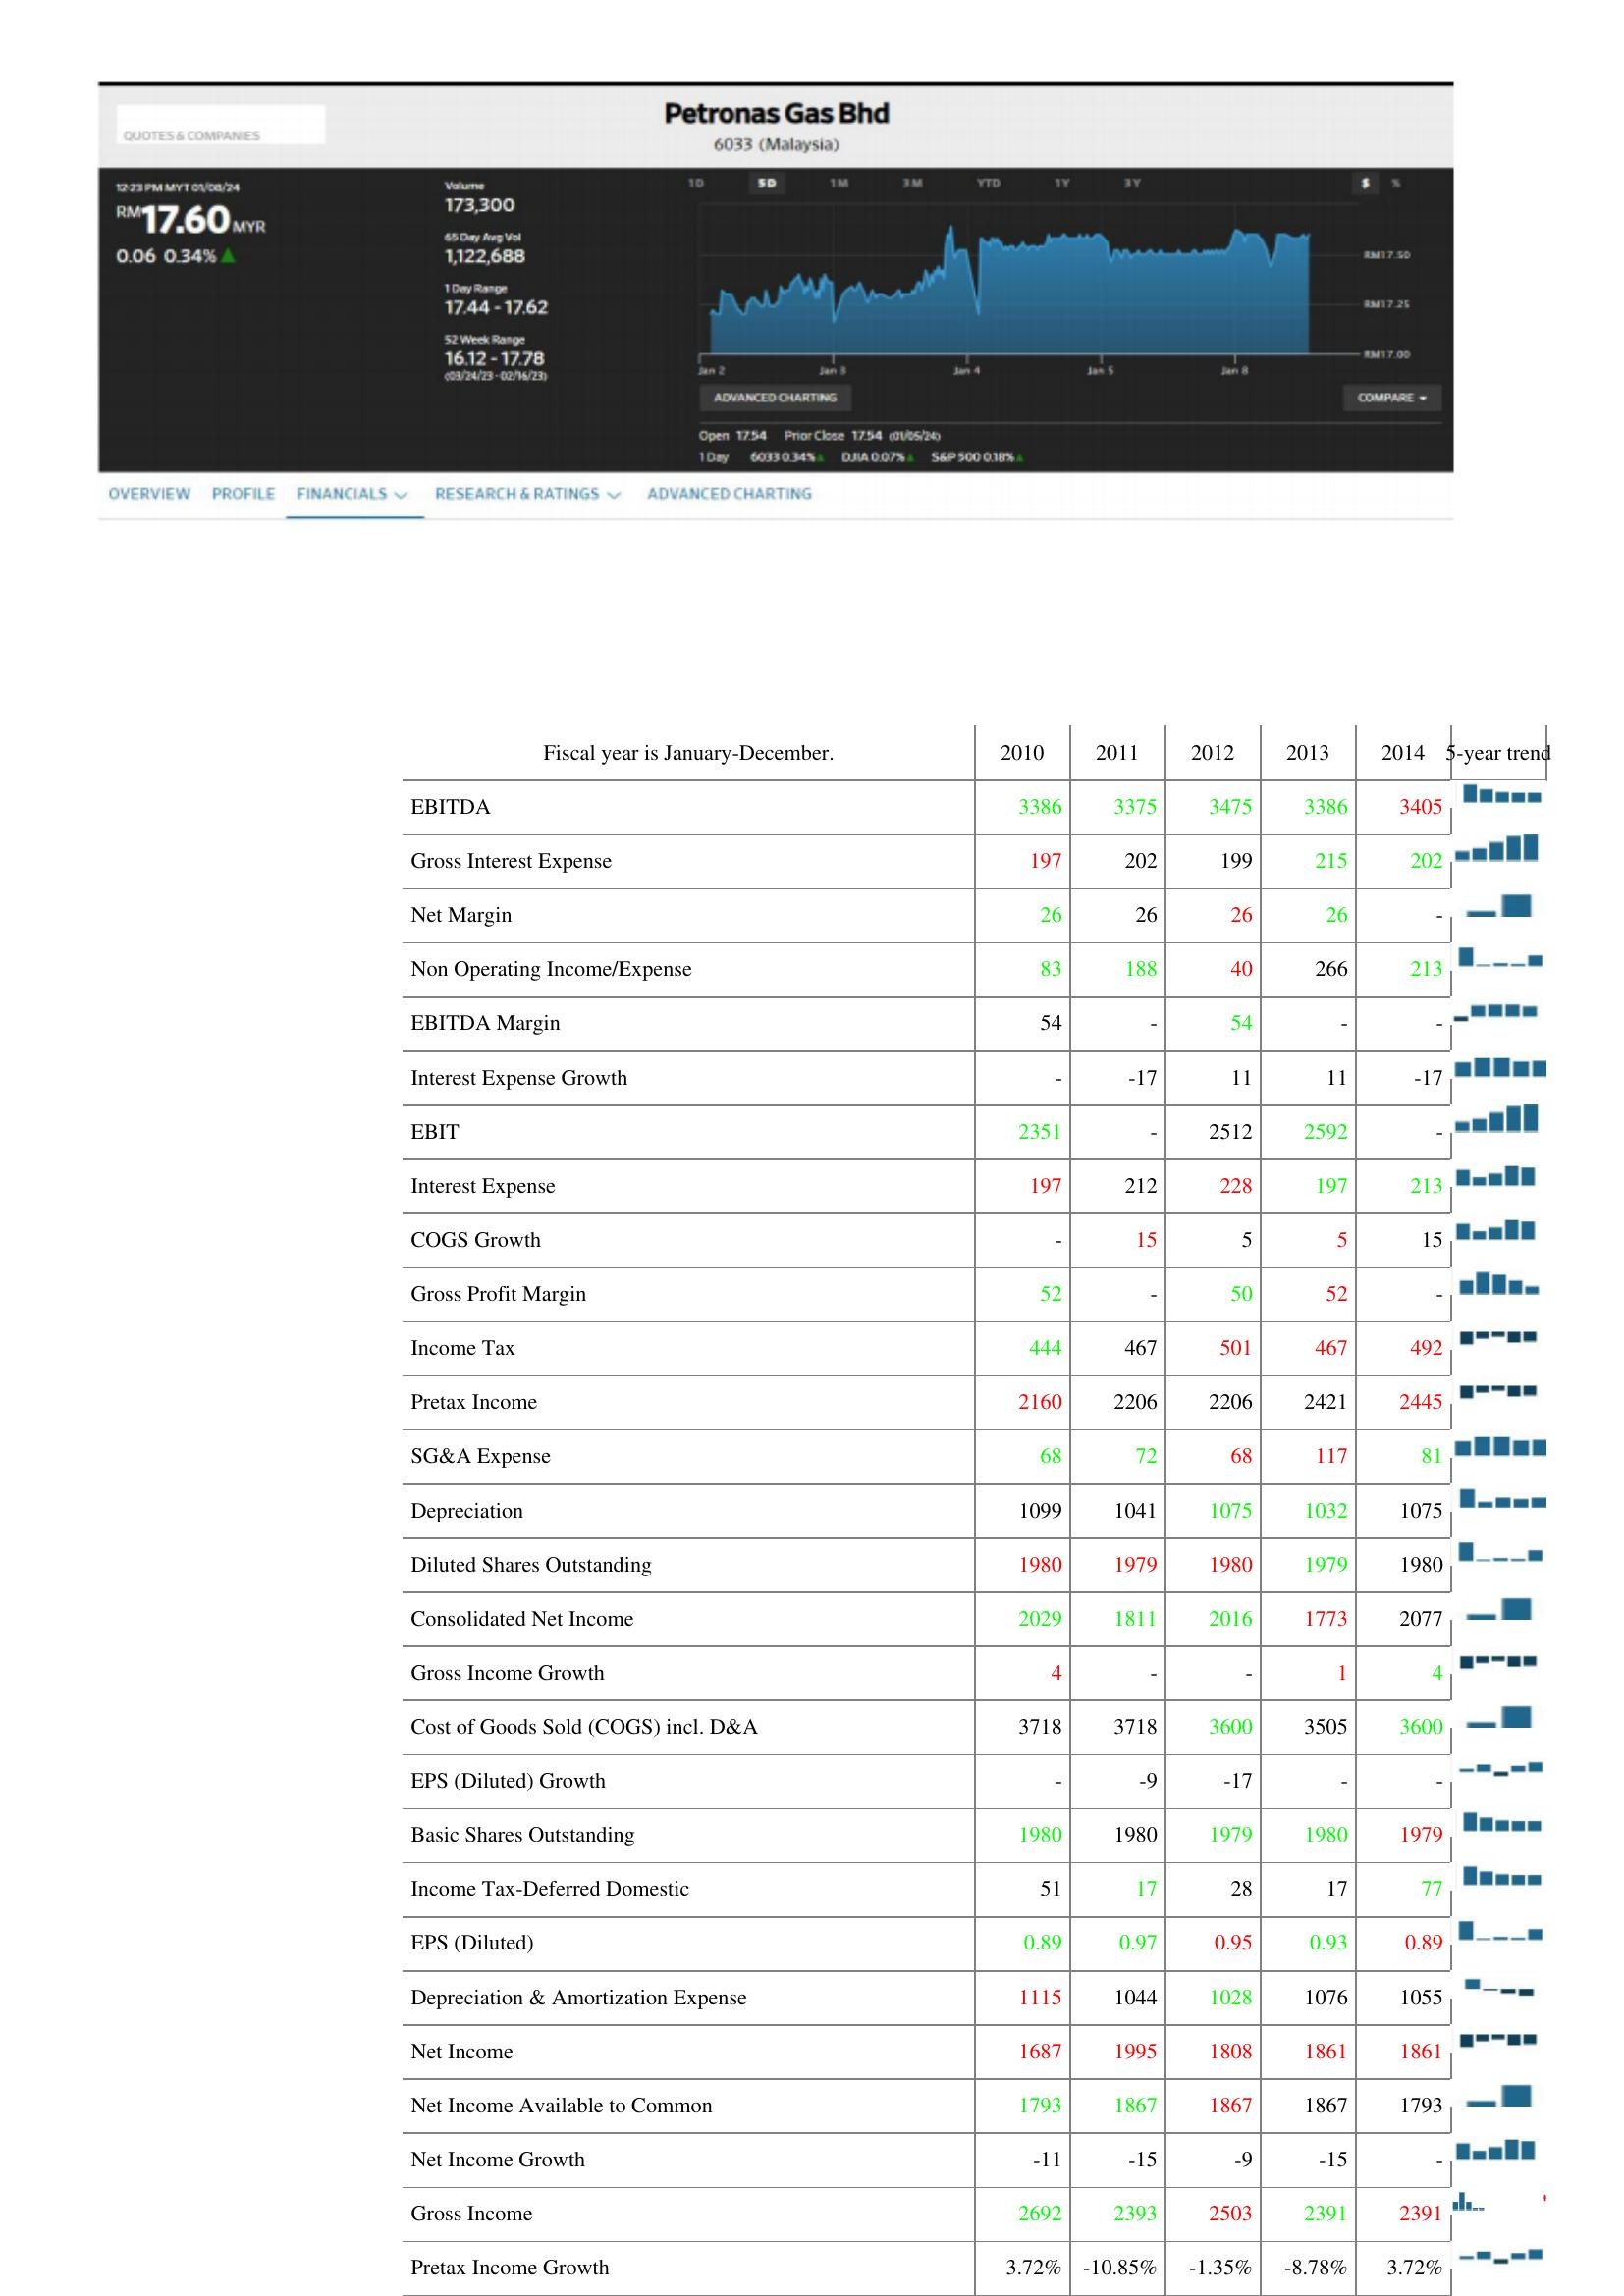
2010: : EBITDA: 3386
Gross Interest Expense: 197
Net Margin: 26
Non Operating Income/Expense: 83
EBITDA Margin: 54
Interest Expense Growth: -
EBIT: 2351
Interest Expense: 197
COGS Growth: -
Gross Profit Margin: 52
Income Tax: 444
Pretax Income: 2160
SG&A Expense: 68
Depreciation: 1099
Diluted Shares Outstanding: 1980
Consolidated Net Income: 2029
Gross Income Growth: 4
Cost of Goods Sold (COGS) incl. D&A: 3718
EPS (Diluted) Growth: -
Basic Shares Outstanding: 1980
Income Tax-Deferred Domestic: 51
EPS (Diluted): 0.89
Depreciation & Amortization Expense: 1115
Net Income: 1687
Net Income Available to Common: 1793
Net Income Growth: -11
Gross Income: 2692
Pretax Income Growth: 3.72%
2011: : EBITDA: 3375
Gross Interest Expense: 202
Net Margin: 26
Non Operating Income/Expense: 188
EBITDA Margin: -
Interest Expense Growth: -17
EBIT: -
Interest Expense: 212
COGS Growth: 15
Gross Profit Margin: -
Income Tax: 467
Pretax Income: 2206
SG&A Expense: 72
Depreciation: 1041
Diluted Shares Outstanding: 1979
Consolidated Net Income: 1811
Gross Income Growth: -
Cost of Goods Sold (COGS) incl. D&A: 3718
EPS (Diluted) Growth: -9
Basic Shares Outstanding: 1980
Income Tax-Deferred Domestic: 17
EPS (Diluted): 0.97
Depreciation & Amortization Expense: 1044
Net Income: 1995
Net Income Available to Common: 1867
Net Income Growth: -15
Gross Income: 2393
Pretax Income Growth: -10.85%
2012: : EBITDA: 3475
Gross Interest Expense: 199
Net Margin: 26
Non Operating Income/Expense: 40
EBITDA Margin: 54
Interest Expense Growth: 11
EBIT: 2512
Interest Expense: 228
COGS Growth: 5
Gross Profit Margin: 50
Income Tax: 501
Pretax Income: 2206
SG&A Expense: 68
Depreciation: 1075
Diluted Shares Outstanding: 1980
Consolidated Net Income: 2016
Gross Income Growth: -
Cost of Goods Sold (COGS) incl. D&A: 3600
EPS (Diluted) Growth: -17
Basic Shares Outstanding: 1979
Income Tax-Deferred Domestic: 28
EPS (Diluted): 0.95
Depreciation & Amortization Expense: 1028
Net Income: 1808
Net Income Available to Common: 1867
Net Income Growth: -9
Gross Income: 2503
Pretax Income Growth: -1.35%
2013: : EBITDA: 3386
Gross Interest Expense: 215
Net Margin: 26
Non Operating Income/Expense: 266
EBITDA Margin: -
Interest Expense Growth: 11
EBIT: 2592
Interest Expense: 197
COGS Growth: 5
Gross Profit Margin: 52
Income Tax: 467
Pretax Income: 2421
SG&A Expense: 117
Depreciation: 1032
Diluted Shares Outstanding: 1979
Consolidated Net Income: 1773
Gross Income Growth: 1
Cost of Goods Sold (COGS) incl. D&A: 3505
EPS (Diluted) Growth: -
Basic Shares Outstanding: 1980
Income Tax-Deferred Domestic: 17
EPS (Diluted): 0.93
Depreciation & Amortization Expense: 1076
Net Income: 1861
Net Income Available to Common: 1867
Net Income Growth: -15
Gross Income: 2391
Pretax Income Growth: -8.78%
2014: : EBITDA: 3405
Gross Interest Expense: 202
Net Margin: -
Non Operating Income/Expense: 213
EBITDA Margin: -
Interest Expense Growth: -17
EBIT: -
Interest Expense: 213
COGS Growth: 15
Gross Profit Margin: -
Income Tax: 492
Pretax Income: 2445
SG&A Expense: 81
Depreciation: 1075
Diluted Shares Outstanding: 1980
Consolidated Net Income: 2077
Gross Income Growth: 4
Cost of Goods Sold (COGS) incl. D&A: 3600
EPS (Diluted) Growth: -
Basic Shares Outstanding: 1979
Income Tax-Deferred Domestic: 77
EPS (Diluted): 0.89
Depreciation & Amortization Expense: 1055
Net Income: 1861
Net Income Available to Common: 1793
Net Income Growth: -
Gross Income: 2391
Pretax Income Growth: 3.72%